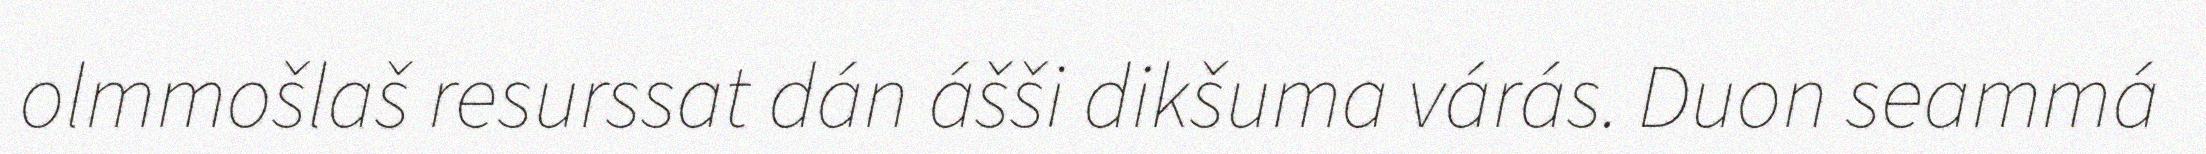
olmmošlaš resurssat dán ášši dikšuma várás. Duon seammá